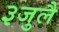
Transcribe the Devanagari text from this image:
३जुलै